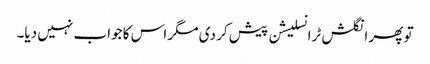
تو پھر انگلش ٹرانسلیشن پیش کر دی مگر اس کا جواب نہیں دیا۔